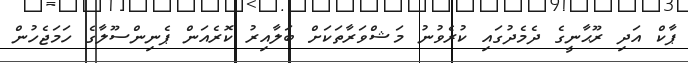
ޕާކް އަދި ރޫޙާނީގެ ދެމެދުގައި ކުރެވުނު މަޝްވަރާތަކަށް ބަލާއިރު ކޮރެއަން ޕެނިންސޫލާގެ ހަމަޖެހުން